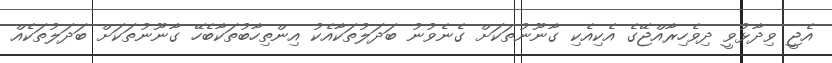
އެޖީ ވިދާޅުވީ ދިވެހިރާއްޖޭގެ އެކިއެކި ގާނޫނުތަކަށް ގެނެވުނު ބަދަލުތަކާއެކު އިންތިހާބުތަކާބެހޭ ގާނޫނުތަކަށް ބަދަލުތަކެއް